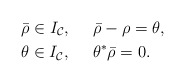
\begin{align*}&\bar{\mathbf{\rho}} \in I_\mathcal{C}, \ \ \ \ \bar{\mathbf{\rho}}-\mathbf{\rho}=\mathbf{\theta}, \\&\theta \in I_\mathcal{C}, \ \ \ \ \mathbf{\theta}^* \bar{\mathbf{\rho}} =0.\end{align*}